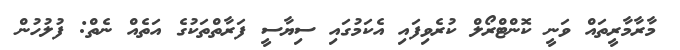
މާރާމާރީތައް ވަނީ ކޮންޓްރޯލް ކުރެވިފައި އެކަމުގައި ސިޔާސީ ފަރާތްތަކުގެ އަތެއް ނެތް: ފުލުހުން